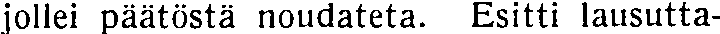
jollei päätöstä noudateta. Esitti lausutta-